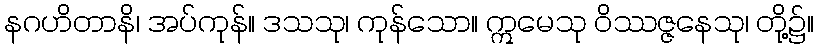
နဂဟိတာနိ၊ အပ်ကုန်။ ဒသသု၊ ကုန်သော။ ဣမေသု ဝိဿဇ္ဇနေသု၊ တို့၌။